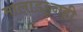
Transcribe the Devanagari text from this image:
मालाडहूनही